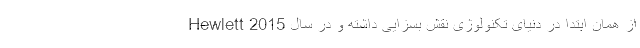
از همان ابتدا در دنیای تکنولوژی نقش بسزایی داشته و در سال 2015 Hewlett